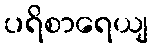
ပရိစာရေယျ